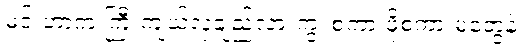
မင်းဟာက ကြီးကျယ်လှချည်လားကွ၊ စကားဖိုစကားမတွေနဲ့